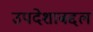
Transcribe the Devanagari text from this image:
उपदेशाबद्दल